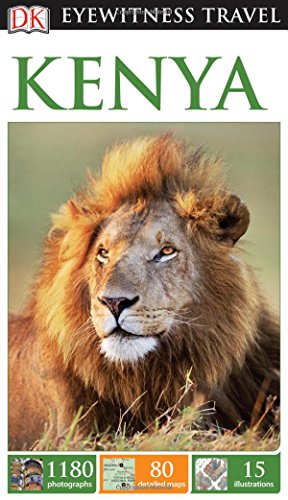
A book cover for DK Eyewitness Travel Guide: Kenya (DK Eyewitness Travel Guides); DK Publishing; Travel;